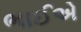
ભાઈએ